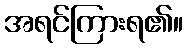
အရင်ကြားရ၏။